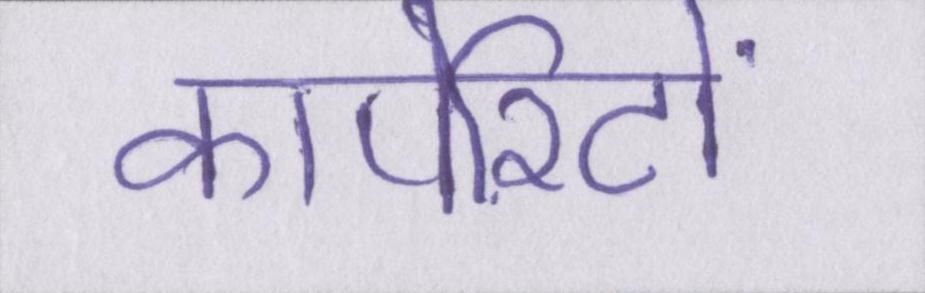
कार्पोरेटों